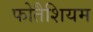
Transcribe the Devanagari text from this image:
फोतैशियम